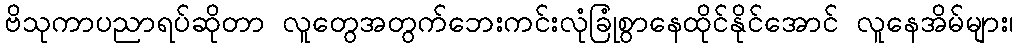
ဗိသုကာပညာရပ်ဆိုတာ လူတွေအတွက်ဘေးကင်းလုံခြုံစွာနေထိုင်နိုင်အောင် လူနေအိမ်များ၊